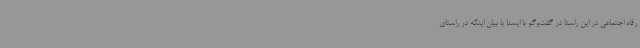
رفاه اجتماعی در این راستا در گفت‌وگو با ایسنا با بیان اینکه در راستای